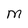
Character: M